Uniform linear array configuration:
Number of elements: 24
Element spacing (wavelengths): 0.5
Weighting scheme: uniform
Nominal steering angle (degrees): -30
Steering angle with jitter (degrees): -30.7
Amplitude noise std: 0.05
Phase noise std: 0.05

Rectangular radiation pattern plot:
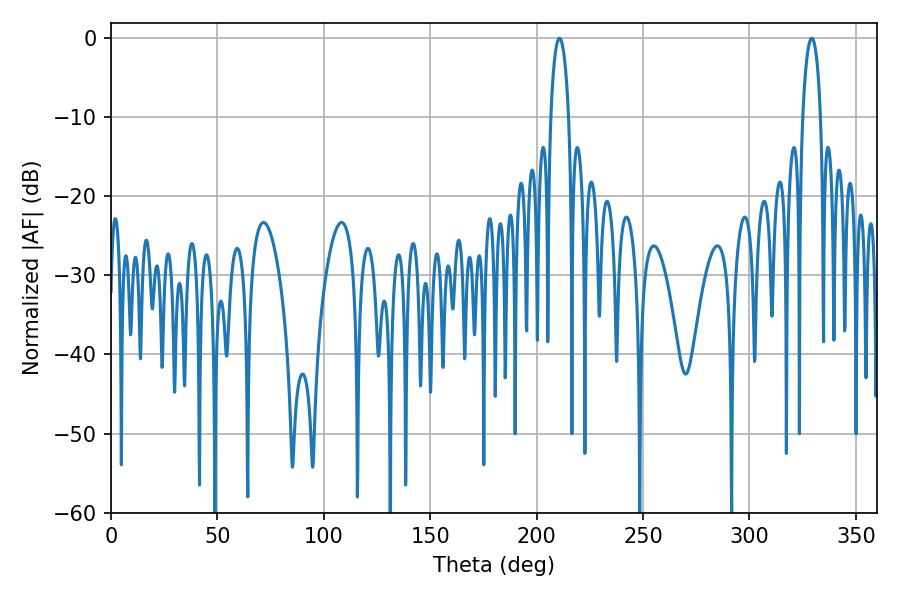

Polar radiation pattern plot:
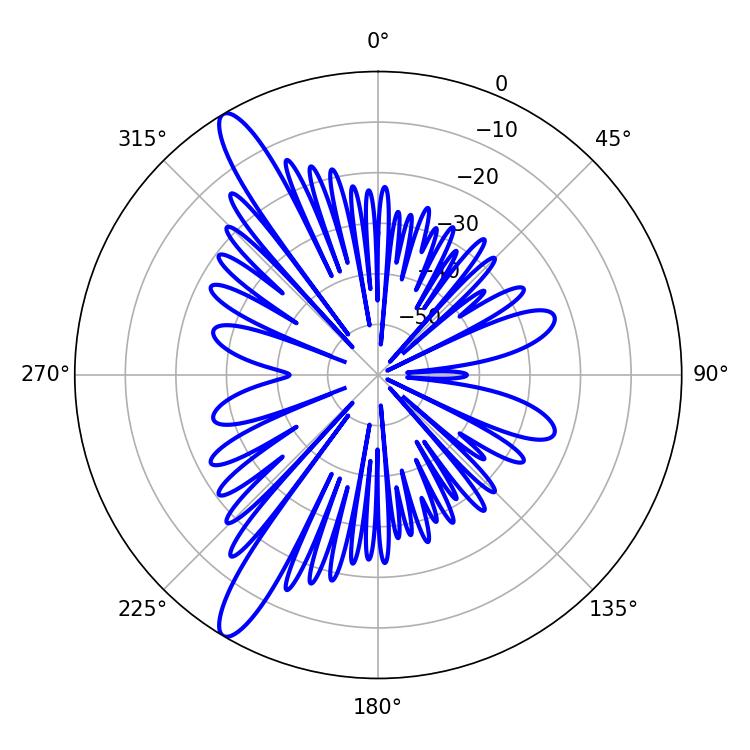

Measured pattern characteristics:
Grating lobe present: FALSE
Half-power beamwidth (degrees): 4.68
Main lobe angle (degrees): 329.22